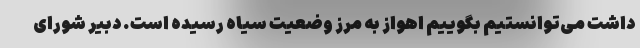
داشت‌ می‌توانستیم بگوییم اهواز به مرز وضعیت سیاه رسیده است. دبیر شورای